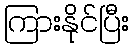
ကြားနိုင်ပြီး